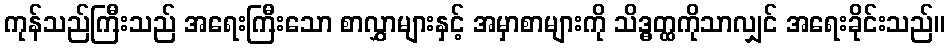
ကုန်သည်ကြီးသည် အရေးကြီးသော စာလွှာများနှင့် အမှာစာများကို သိဒ္ဓတ္ထကိုသာလျှင် အရေးခိုင်းသည်။